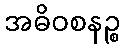
အဓိဝစနဉ္စ